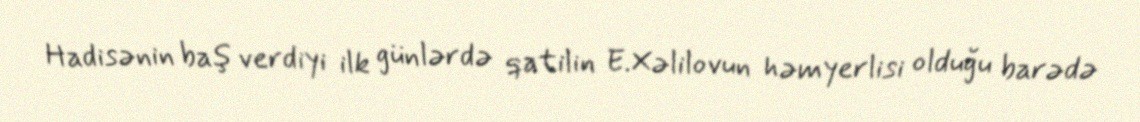
Hadisənin baş verdiyi ilk günlərdə qatilin E.Xəlilovun həmyerlisi olduğu barədə